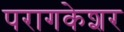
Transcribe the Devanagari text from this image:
परागकेशर